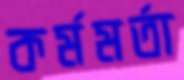
কর্মমর্তা